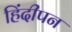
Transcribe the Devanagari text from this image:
हिंदीपन